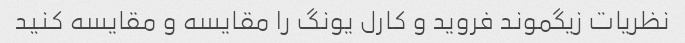
نظریات زیگموند فروید و کارل یونگ را مقایسه و مقایسه کنید